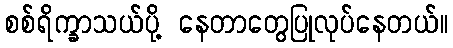
စစ်ရိက္ခာသယ်ပို့ နေတာတွေပြုလုပ်နေတယ်။